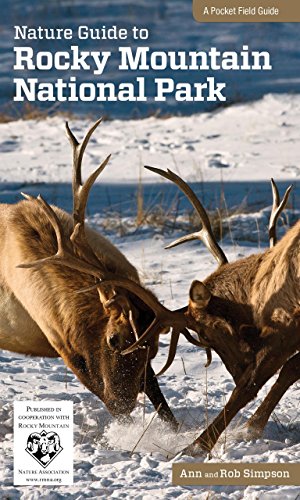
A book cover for Nature Guide to Rocky Mountain National Park (Nature Guides to National Parks Series); Ann Simpson; Travel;